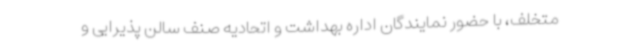
متخلف، با حضور نمایندگان اداره بهداشت و اتحادیه صنف سالن پذیرایی و